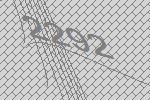
2292